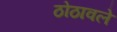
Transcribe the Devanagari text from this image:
ठोठावले